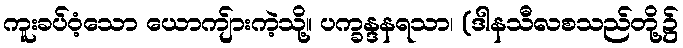
ကူးခပ်ဝံ့သော ယောကျ်ားကဲ့သို့။ ပက္ခန္ဒနရသာ၊ (ဒါနသီလစသည်တို့၌